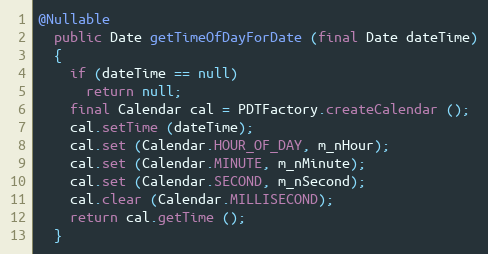
Language: Java
@Nullable
  public Date getTimeOfDayForDate (final Date dateTime)
  {
    if (dateTime == null)
      return null;
    final Calendar cal = PDTFactory.createCalendar ();
    cal.setTime (dateTime);
    cal.set (Calendar.HOUR_OF_DAY, m_nHour);
    cal.set (Calendar.MINUTE, m_nMinute);
    cal.set (Calendar.SECOND, m_nSecond);
    cal.clear (Calendar.MILLISECOND);
    return cal.getTime ();
  }